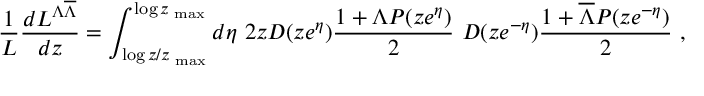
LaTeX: \frac { 1 } { \cal L } \frac { d { \cal L } ^ { \Lambda \overline { { { \Lambda } } } } } { d z } = \int _ { \log z / z _ { \mathrm { \tiny ~ m a x } } } ^ { \log z _ { \mathrm { \tiny ~ m a x } } } d \eta \ 2 z D ( z e ^ { \eta } ) \frac { 1 + \Lambda P ( z e ^ { \eta } ) } { 2 } \ D ( z e ^ { - \eta } ) \frac { 1 + \overline { { { \Lambda } } } P ( z e ^ { - \eta } ) } { 2 } \ ,